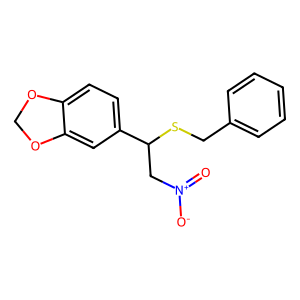
SMILES: O=[N+]([O-])CC(SCc1ccccc1)c1ccc2c(c1)OCO2
Inhibits HIV replication: No